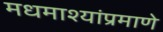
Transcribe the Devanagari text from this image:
मधमाश्यांप्रमाणे